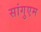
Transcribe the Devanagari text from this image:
सांगुएम